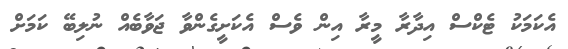
އެކަމަކު ޓެކްސް އިދާރާ މީރާ އިން ވެސް އެކަށީގެންވާ ޖަވާބެއް ނުލިބޭ ކަމަށް